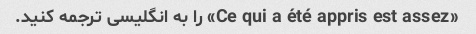
«Ce qui a été appris est assez» را به انگلیسی ترجمه کنید.